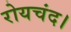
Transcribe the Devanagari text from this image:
रोयचंद।